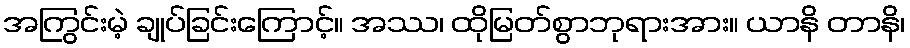
အကြွင်းမဲ့ ချုပ်ခြင်းကြောင့်။ အဿ၊ ထိုမြတ်စွာဘုရားအား။ ယာနိ တာနိ၊